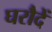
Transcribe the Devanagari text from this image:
घरौदें